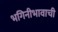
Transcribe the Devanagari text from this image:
भगिनीभावाची